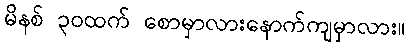
မိနစ် ၃၀ထက် စောမှာလားနောက်ကျမှာလား။